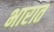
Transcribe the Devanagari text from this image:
भारात